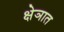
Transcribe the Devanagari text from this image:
क्षेञात